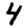
Digit: 4